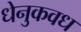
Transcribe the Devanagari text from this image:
धेनुकवध